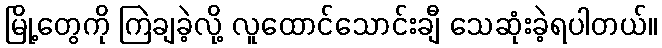
မြို့တွေကို ကြဲချခဲ့လို့ လူထောင်သောင်းချီ သေဆုံးခဲ့ရပါတယ်။